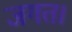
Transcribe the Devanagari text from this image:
जगत।